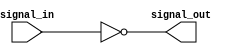
module inverter (
   input signal_in,
   output signal_out
);

assign signal_out = ~signal_in;

endmodule